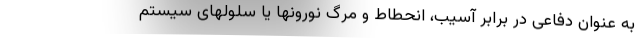
به عنوان دفاعی در برابر آسیب، انحطاط و مرگ نورونها یا سلولهای سیستم